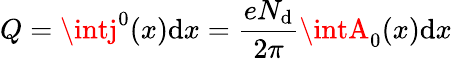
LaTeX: Q=\intj^{0}(x)\mathrm{d}x=\frac{{eN_{\mathrm{d}}}}{{2\pi}}\intA_{0}(x)\mathrm{d}x